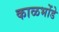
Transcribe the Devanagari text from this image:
काळभोंडे